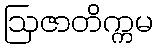
ဩဇာတိက္ကမ